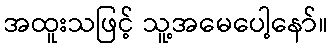
အထူးသဖြင့် သူ့အမေပေါ့နော်။